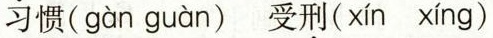
习\underset{·}{惯}(gàn guàn) 受\underset{·}{刑}(xín xíng)